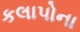
કલાપોના